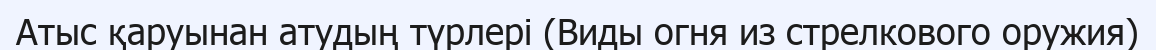
Атыс қаруынан атудың түрлері (Виды огня из стрелкового оружия)